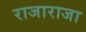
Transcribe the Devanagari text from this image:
राजाराजा